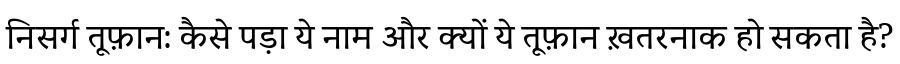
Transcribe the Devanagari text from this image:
निसर्ग तूफ़ान: कैसे पड़ा ये नाम और क्यों ये तूफ़ान ख़तरनाक हो सकता है?